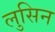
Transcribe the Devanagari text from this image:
लुसिन